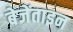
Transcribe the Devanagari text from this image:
बेजेंताइन